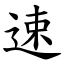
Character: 速